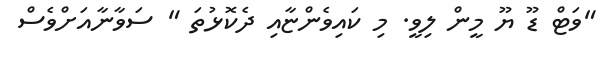
"ވަޓް ޑޫ ޔޫ މީން ލިވީ. މި ކައިވެންޏާއި ދެކޮޅުތަ " ސަވާނާއަށްވެސް